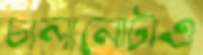
চালানোটাও